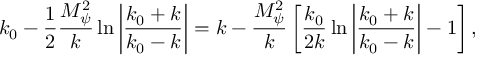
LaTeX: k _ { 0 } - \frac { 1 } { 2 } \frac { M _ { \psi } ^ { 2 } } { k } \ln \left| \frac { k _ { 0 } + k } { k _ { 0 } - k } \right| = k - \frac { M _ { \psi } ^ { 2 } } { k } \left[ \frac { k _ { 0 } } { 2 k } \ln \left| \frac { k _ { 0 } + k } { k _ { 0 } - k } \right| - 1 \right] ,